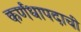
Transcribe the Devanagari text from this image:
कर्णधापदाची